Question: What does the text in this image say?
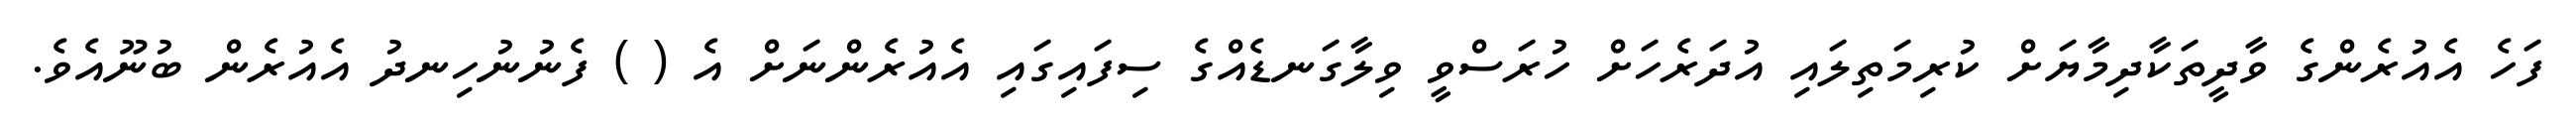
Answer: ފަހެ އެއުރެންގެ ވާދީތަކާދިމާޔަށް ކުރިމަތިލައި އުދަރެހަށް ހުރަސްވީ ވިލާގަނޑެއްގެ ސިފައިގައި އެއުރެންނަށް އެ ( ) ފެނުނުހިނދު އެއުރެން ބުނޫއެވެ.